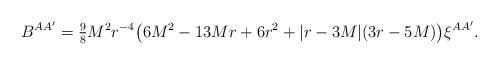
\begin{align*}B^{AA'}={}& \tfrac{9}{8} M^2 r^{-4} \bigl(6 M^2 - 13 M r + 6 r^2 + |r - 3 M| (3 r - 5 M)\bigr) \xi^{AA'}.\end{align*}